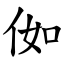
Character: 侞